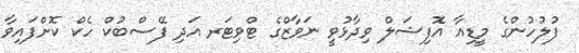
ފުލުހުންގެ މީޑިއާ އޮފިޝަލް ވިދާޅުވީ ނަވާޒްގެ ޓްވިޓަރ އަދި ފޭސްބުކް ހެކް ކޮށްފައިވާ